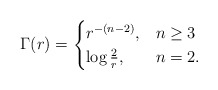
\begin{align*} \Gamma(r)= \begin{cases} r^{-(n-2)} , &n\geq 3\\ \log \frac{2}{r}, &n=2. \end{cases} \end{align*}